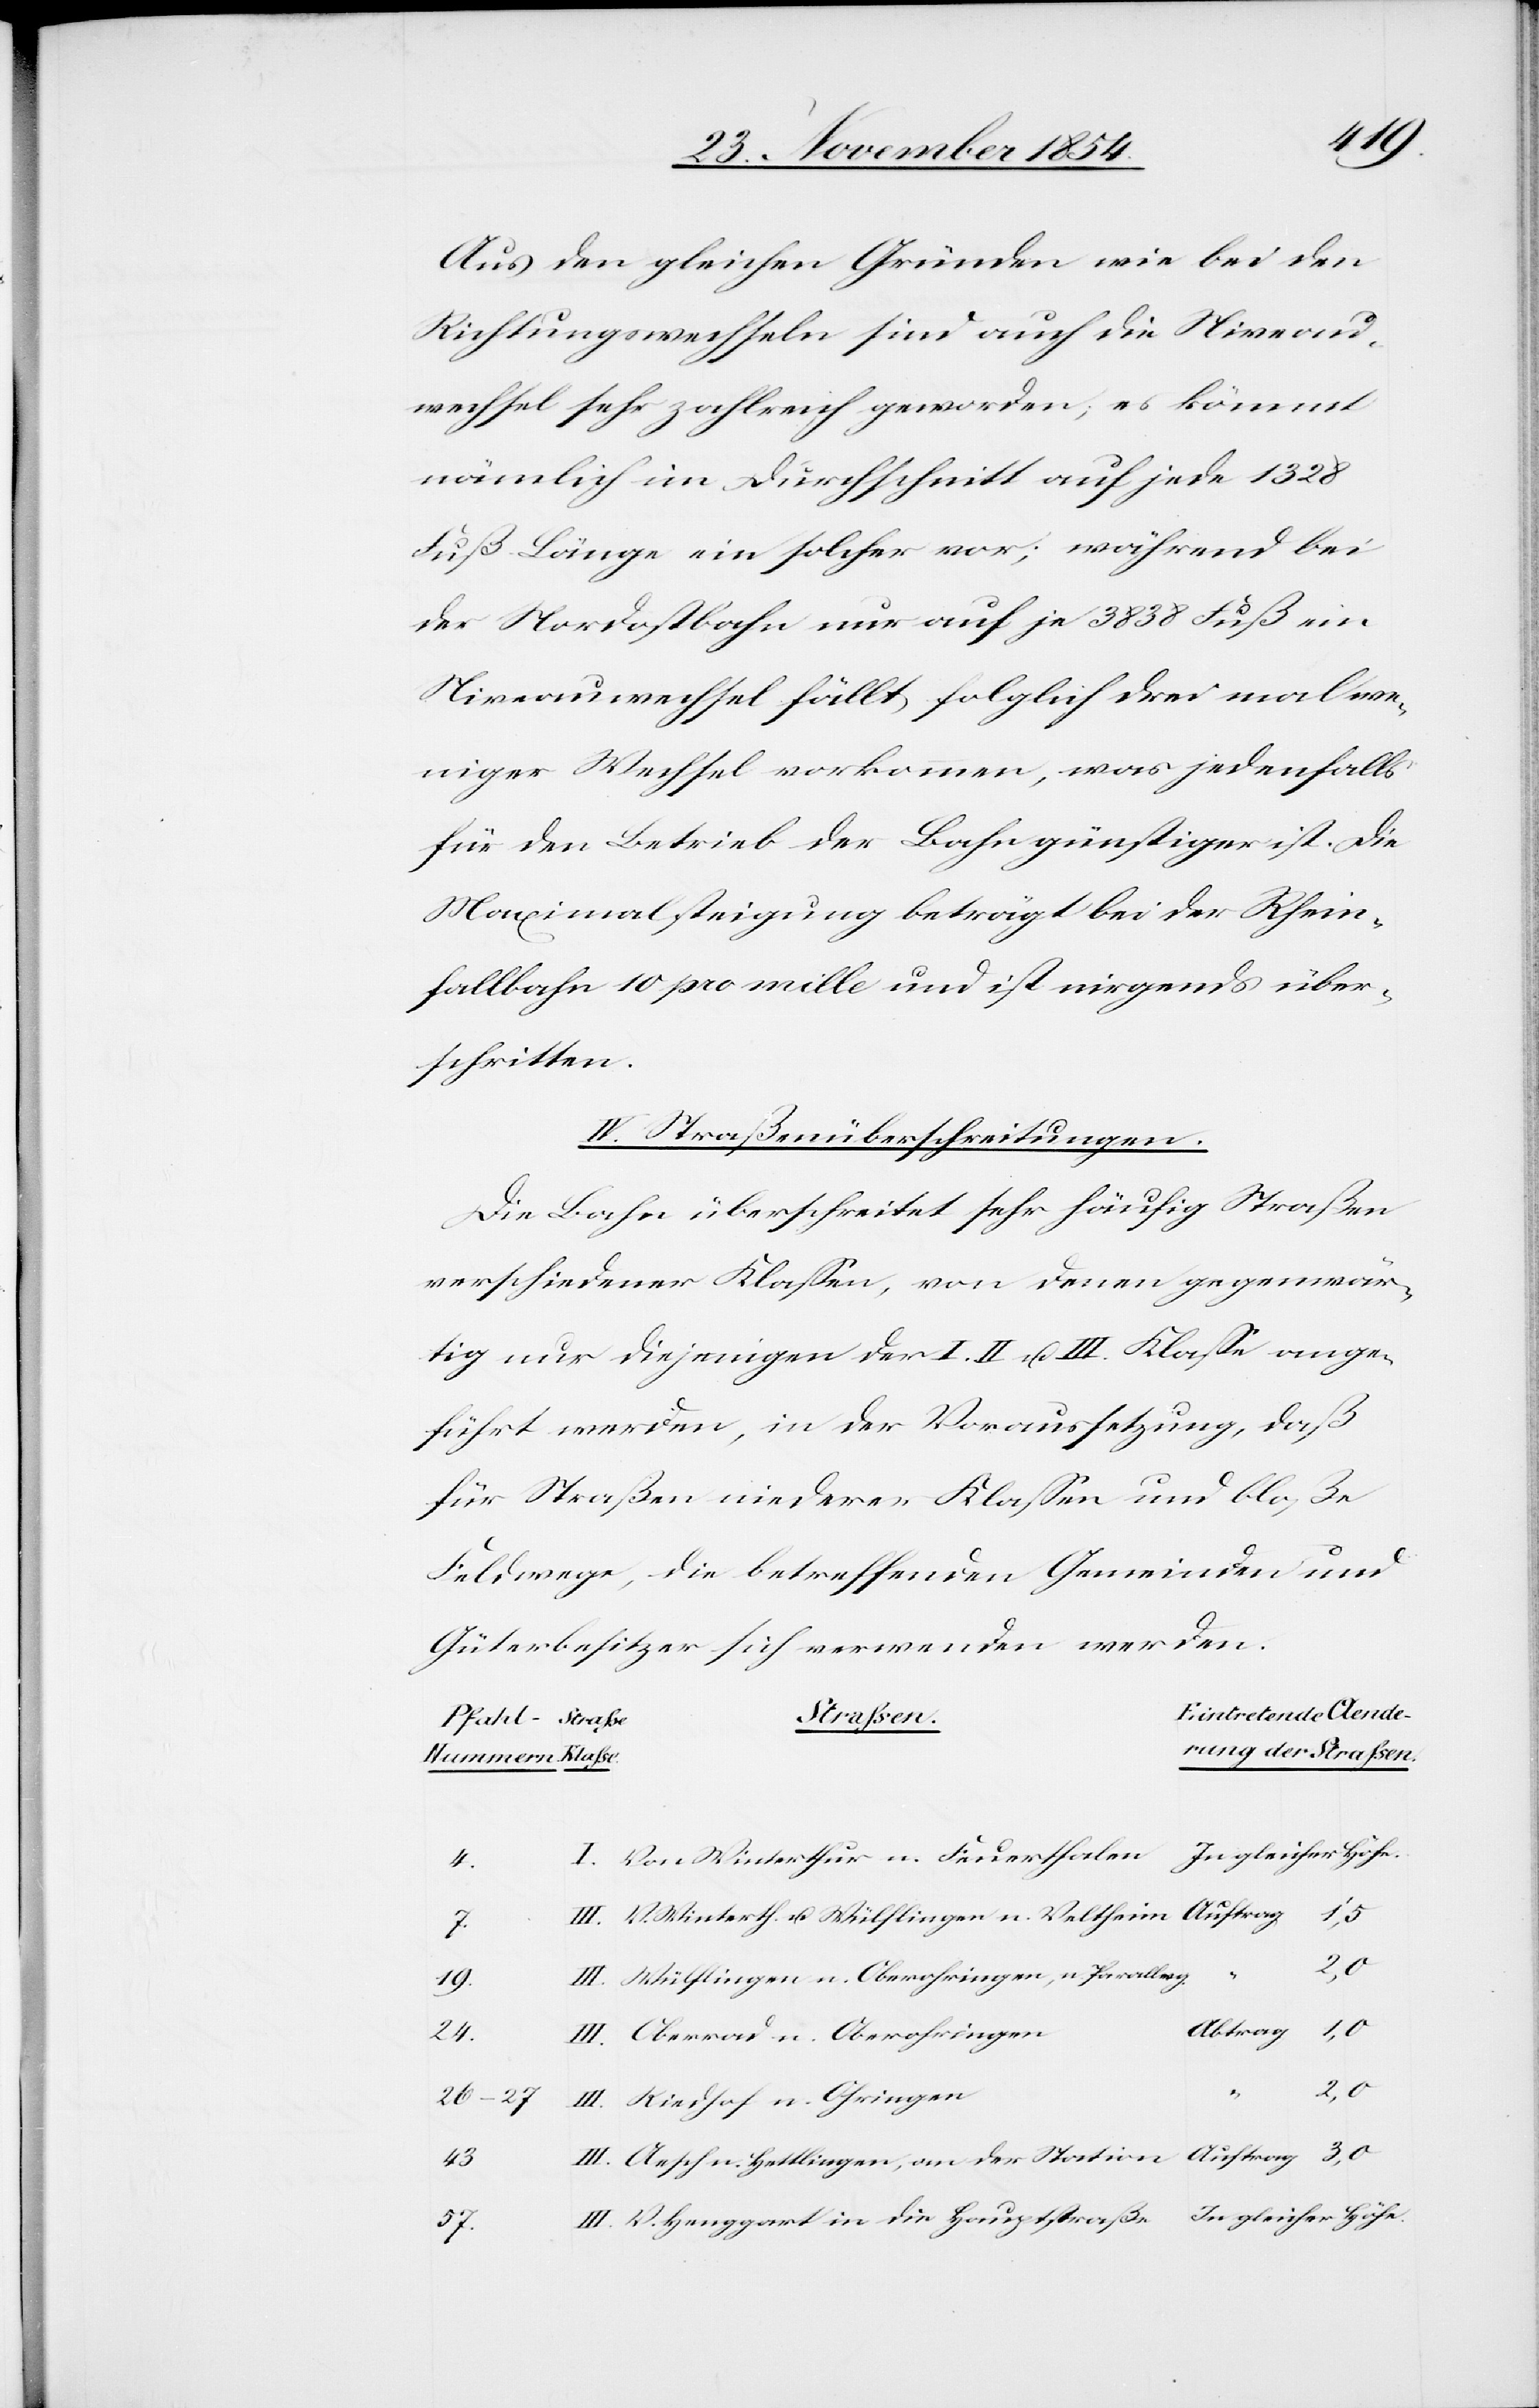
Aus den gleichen Gründen wie bei den
Richtungswechseln sind auch die Niveau¬
wechsel sehr zahlreich geworden; es kömmt
nämlich im Durchschnitt auf jede 1328
Fuß Länge ein solcher vor; während bei
der Nordostbahn nur auf je 3838 Fuß ein
Niveauwechsel fällt, folglich drei mal we¬
niger Wechsel vorkommen, was jedenfalls
für den Betrieb der Bahn günstiger ist. Die
Maximalsteigung beträgt bei der Rhein¬
fallbahn 10 pro mille und ist nirgends über¬
schritten.
IV. Straßenüberschreitungen.
Die Bahn überschreitet sehr häufig Straßen
verschiedener Klaßen, von denen gegenwär¬
tig nur diejenige der I. II. u. III. Klaße ange¬
führt werde, in der Voraussetzung, daß
für Straßen niederer Klaßen und bloße
Feldwege, die betreffenden Gemeinden und
Güterbesitzer sich verwenden werden.
Strassen.
Eintretende Aende¬
rung der Strassen.
V.
die
24.
Wülflingen n. Oberohringen, n. Parallwg.
19.
Oberrad n. Oberohringen
2,0
26–27.
Riedhof n. Ohringen
43.
57.